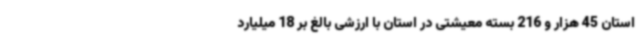
استان 45 هزار و 216 بسته معیشتی در استان با ارزشی بالغ بر 18 میلیارد